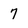
Character: 7